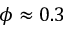
\phi \approx 0 . 3